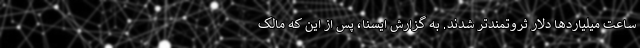
ساعت میلیاردها دلار ثروتمندتر شدند. به گزارش ایسنا، پس از این که مالک